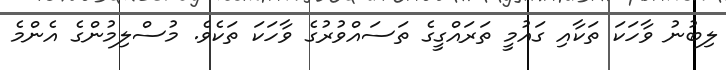
ލިބުނު ވާހަކަ ތަކާއި ގައުމީ ތަރައްގީގެ ތަސައްވުރުގެ ވާހަކަ ތަކެވެ. މުސްލިމުންގެ އެންމެ